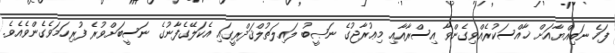
ފަހެ ނަބިއްޔާއަށް ޚާއްސަކުރެއްވިގެންވާ އިސްރާއާއި މިޢުރާޖުގެ ނަޞީބު ލައިލަތުލްޤަދްރީގައި އެކަލޭގެފާނުގެ ނަސީބަށްވުރެ ފުރިހަމަވެގެންވެއެވެ.